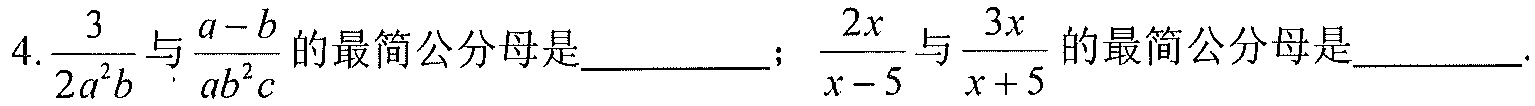
4.\(\frac{3}{2a^{2}b}\)与\(\frac{a - b}{ab^{2}c}\)的最简公分母是_________；\(\frac{2x}{x - 5}\)与\(\frac{3x}{x + 5}\)的最简公分母是_________.